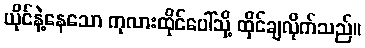
ယိုင်နဲ့နေသော ကုလားထိုင်ပေါ်သို့ ထိုင်ချလိုက်သည်။